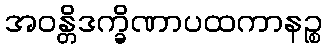
အဝန္တိဒက္ခိဏာပထကာနဉ္စ